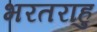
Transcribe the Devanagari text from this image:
भरतराहु